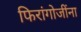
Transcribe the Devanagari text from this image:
फिरांगोजींना